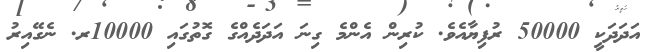
އަދަދަކީ 50000 ރުފިޔާއެވެ. ކުރިން އެންމެ ގިނަ އަދަދެއްގެ ގޮތުގައި 10000ރ. ނެގޭއިރު